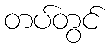
တပ်တွင်